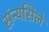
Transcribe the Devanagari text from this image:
संन्यसिले